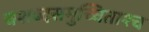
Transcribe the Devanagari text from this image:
चशब्दसमुच्चिताश्च